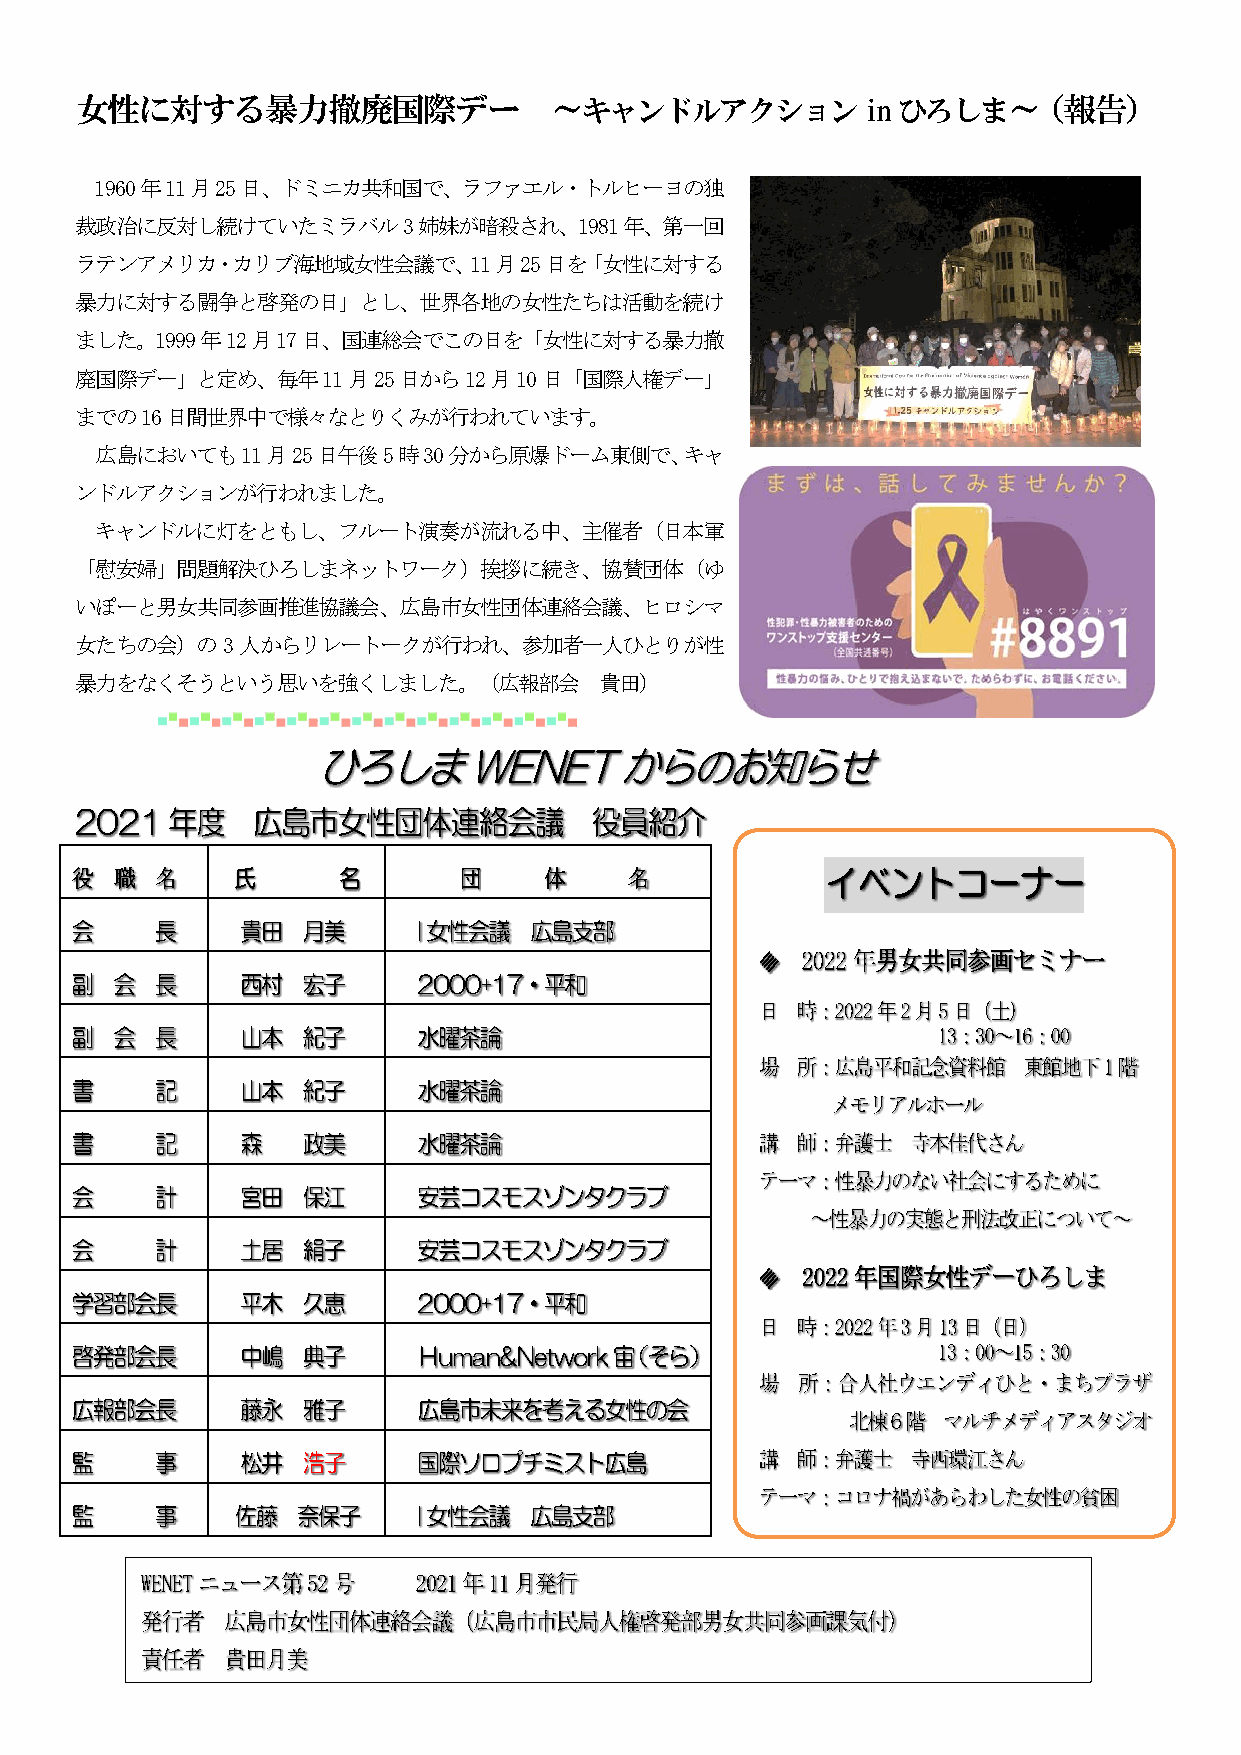
女性に対する暴力撤廃国際デー                 ～キャンドルアクションinひろしま～（報告）
 1960年11月25日、ドミニカ共和国で、ラファエル・トルヒーヨの独
 裁政治に反対し続けていたミラバル3姉妹が暗殺され、1981年、第一回
 ラテンアメリカ・カリブ海地域女性会議で、11月25日を「女性に対する
 暴力に対する闘争と啓発の日」とし、世界各地の女性たちは活動を続け
 ました。1999年12月17日、国連総会でこの日を「女性に対する暴力撤
 廃国際デー」と定め、毎年11月25日から12月10日「国際人権デー」
 までの16日間世界中で様々なとりくみが行われています。
 広島においても11月25日午後5時30分から原爆ドーム東側で、キャ
 ンドルアクションが行われました。
 キャンドルに灯をともし、フルート演奏が流れる中、主催者（日本軍
 「慰安婦」問題解決ひろしまネットワーク）挨拶に続き、協賛団体（ゆ
 いぽーと男女共同参画推進協議会、広島市女性団体連絡会議、ヒロシマ
 女たちの会）の3人からリレートークが行われ、参加者一人ひとりが性
 暴力をなくそうという思いを強くしました。（広報部会          貴田）